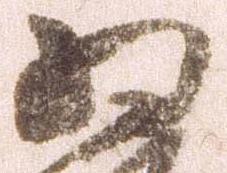
為